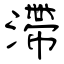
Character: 滯